Scientific memoirs by medical officers of the Army of India - Part XII,
Year: 1901
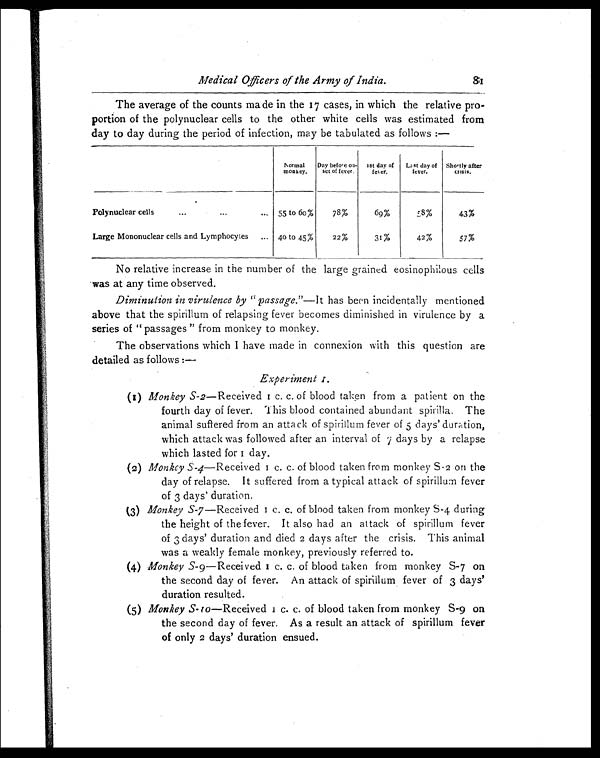
Medical Officers of the Army of
India.
8 1
The average of the counts made in the 17 cases, in which the relative pro-
portion of the polynuclear cells to the other white cells was estimated from
day to day during the period of infection, may be tabulated as follows :—
Normal
monkey.
Day before on-
set of fever.
1st day of
fever.
Last day of
fever.
Shortly after
c r i s i s .
Polynuclear cells
...
...
... 55 to 6o%
78%
69%
58%
4 3 %
Large Mononuclear cells and Lymphocytes
...
... 40 to 45%
22%
31%
42%
57%
No relative increase in the number of the large grained eosinophilous cells
was at any time observed.
Diminution in virulence by " passage." —It has been incidentally mentioned
above that the spirillum of relapsing fever becomes diminished in virulence by a
series of " passages " from monkey to monkey.
The observations which I have made in connexion with this question are
detailed as follows :—
Experiment I.
(1) Monkey S-2 —Received 1 c. c. of blood taken from a patient on the
fourth day of fever. This blood contained abundant spirilla. The
animal suffered from an attack of spirillum fever of 5 days' duration,
which attack was followed after an interval of 7 days by a relapse
which lasted for 1 day.
(2) Monkey S-4— R e c e i v e d 1 c . c . o f b l o o d t a k e n f r o m m o n k e y S . 2 o n t h e
day of relapse. It suffered from a typical attack of spirillum fever
of 3 days' duration.
(3) Monkey S-7 —Received l c. c. of blood taken from monkey S-4 during
the height of the fever. It also had an attack of spirillum fever
of 3 days' duration and died 2 days after the crisis. This animal
was a weakly female monkey, previously referred to.
(4) Monkey S-9 —Received 1 c. c. of blood taken from monkey S-7 on
the second day of fever. An attack of spirillum fever of 3 days'
duration resulted.
(5) Monkey S-10—Received 1 c. c. of blood taken from monkey S-9 on
the second day of fever. As a result an attack of spirillum fever
of only 2 days' duration ensued.